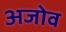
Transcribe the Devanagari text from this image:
अजोव